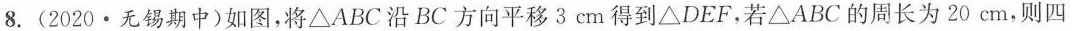
8. (2020·无锡期中) 如图，将△ABC沿BC方向平移3cm 得到△DEF，若△ABC的周长为 20cm，则四